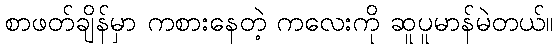
စာဖတ်ချိန်မှာ ကစားနေတဲ့ ကလေးကို ဆူပူမာန်မဲတယ်။